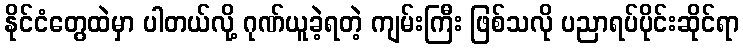
နိုင်ငံတွေထဲမှာ ပါတယ်လို့ ဂုဏ်ယူခဲ့ရတဲ့ ကျမ်းကြီး ဖြစ်သလို ပညာရပ်ပိုင်းဆိုင်ရာ